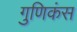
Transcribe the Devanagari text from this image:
गुणिकंस